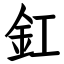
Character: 釭